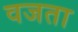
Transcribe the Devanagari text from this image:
वजता